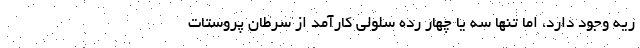
ریه وجود دارد، اما تنها سه یا چهار رده سلولی کارآمد از سرطان پروستات